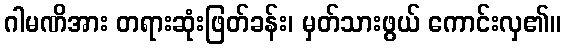
ဂါမဏိအား တရားဆုံးဖြတ်ခန်း၊ မှတ်သားဖွယ် ကောင်းလှ၏။